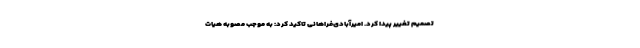
تصمیم تغییر پیدا کرد. امیرآبادی‌فراهانی تاکید کرد: به موجب مصوبه هیات